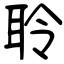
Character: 聆